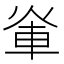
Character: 𮝃